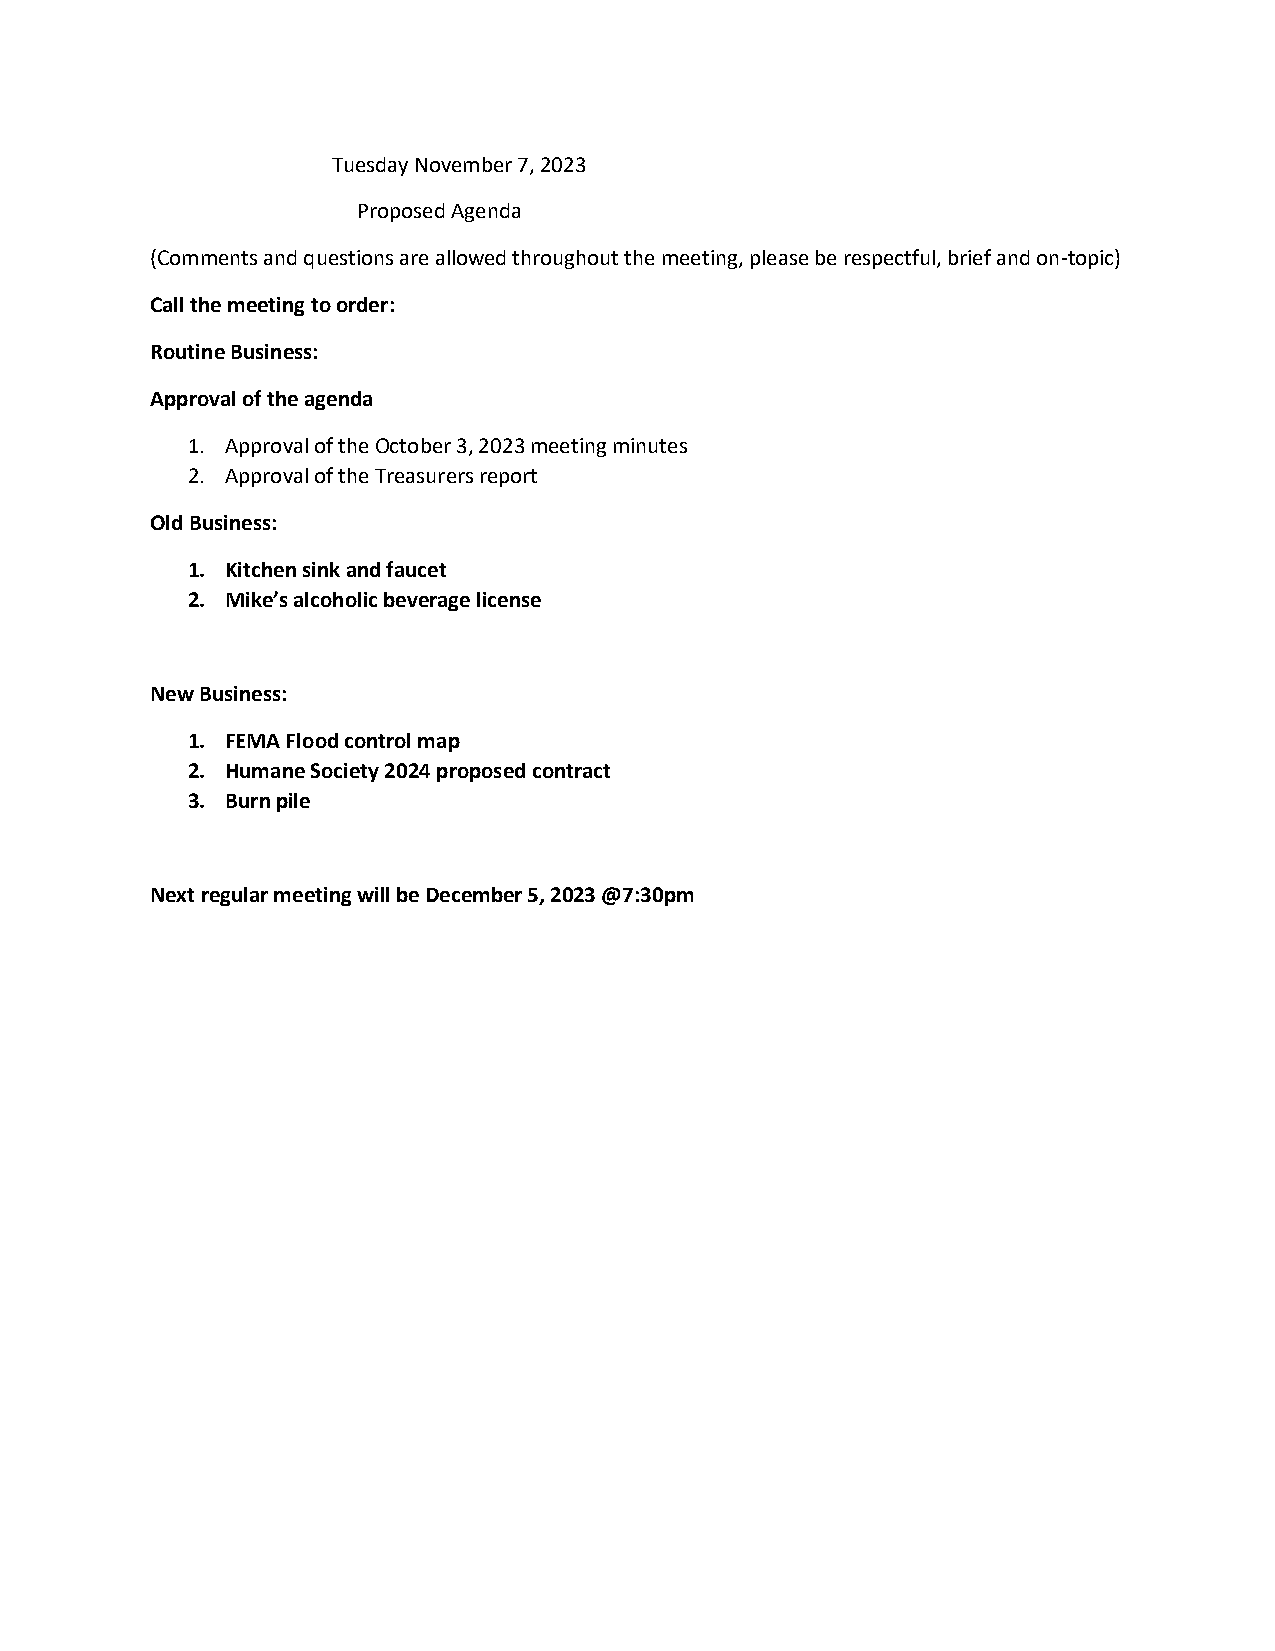
Tuesday November 7, 2023
 Proposed Agenda
 (Comments and questions are allowed throughout the meeting, please be respectful, brief and on-topic)
 Call the meeting to order:
 Routine Business:
 Approval of the agenda
 1. Approval of the October 3, 2023 meeting minutes
 2. Approval of the Treasurers report
 Old Business:
 1. Kitchen sink and faucet
 2. Mike’s alcoholic beverage license
 New Business:
 1. FEMA Flood control map
 2. Humane Society 2024 proposed contract
 3. Burn pile
 Next regular meeting will be December 5, 2023 @7:30pm